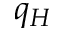
q _ { H }